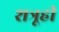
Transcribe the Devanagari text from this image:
शत्रूही